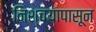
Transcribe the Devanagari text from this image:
निश्चयापासून